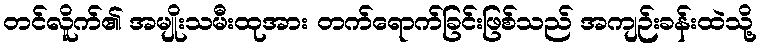
တင်လိူက်၏ အမျိုးသမီးထုအား တက်ရောက်ခြင်းဖြစ်သည် အကျဉ်းခန်းထဲသို့